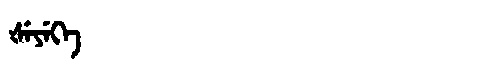
Manchu: ᡧᡝᠶᡝᡴᡝ
Romanization: ŠEYEKE